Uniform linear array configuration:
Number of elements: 64
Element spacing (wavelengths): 0.5
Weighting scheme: hamming
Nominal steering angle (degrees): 45
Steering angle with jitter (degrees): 43.412
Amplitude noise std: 0.05
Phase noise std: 0.05

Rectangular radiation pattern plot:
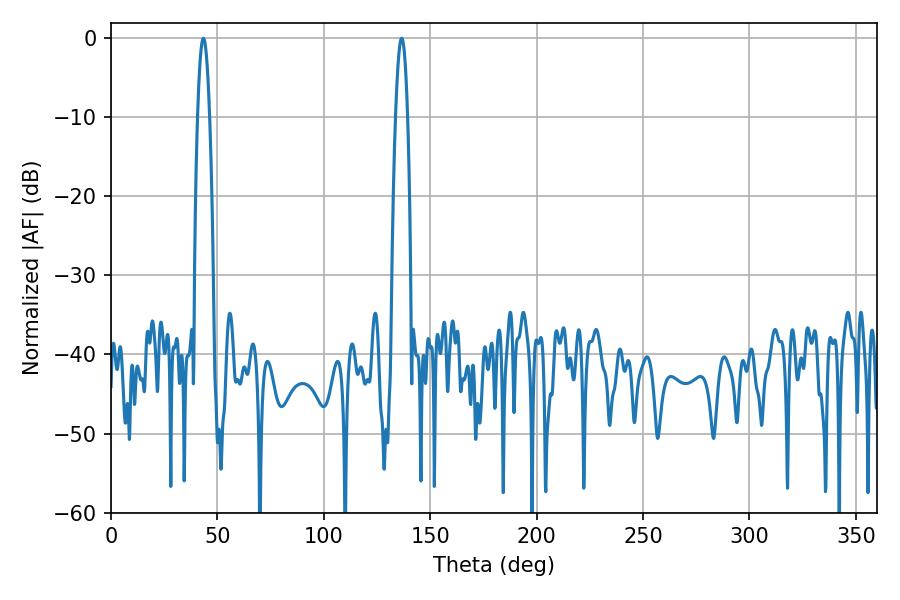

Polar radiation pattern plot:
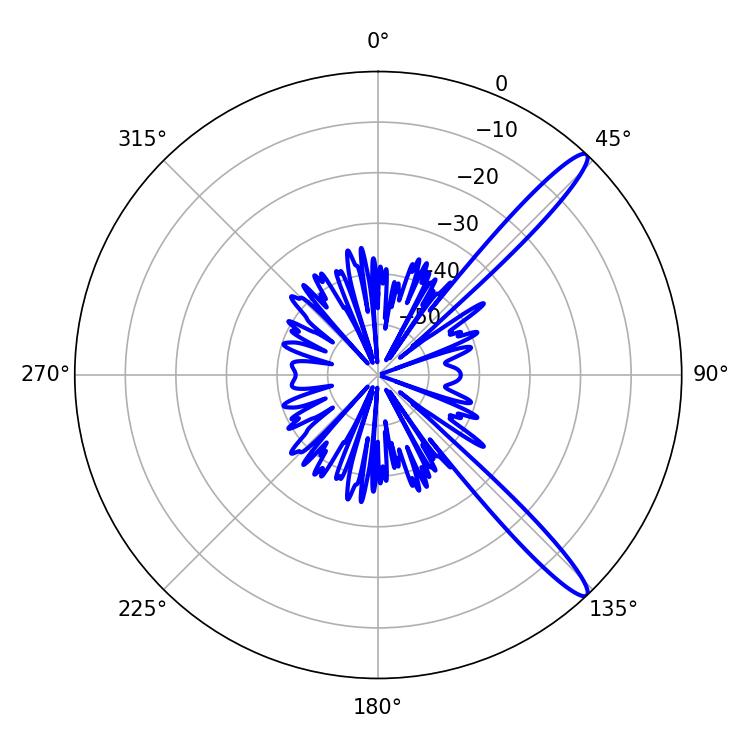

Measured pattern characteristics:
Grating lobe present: FALSE
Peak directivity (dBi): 13.905
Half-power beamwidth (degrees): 3.06
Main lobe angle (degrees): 43.38